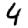
Digit: 4